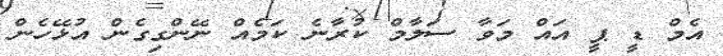
އެމް ޑީ ޕީ އައް މަވާ ސަލާމް ކުރާނެ ކަމެއް ނޭންގިގެން އުޅޭހެން